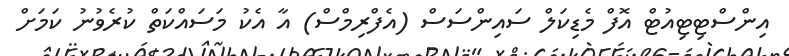
އިންސްޓިޓިއުޓް އޮފް މެޑިކަލް ސައިންސަސް (އެފްރިމްސް) އާ އެކު މަސައްކަތް ކުރެވުނު ކަމަށް